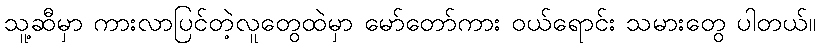
သူ့ဆီမှာ ကားလာပြင်တဲ့လူတွေထဲမှာ မော်တော်ကား ဝယ်ရောင်း သမားတွေ ပါတယ်။